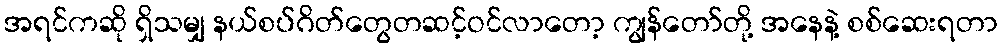
အရင်ကဆို ရှိသမျှ နယ်စပ်ဂိတ်တွေတဆင့်ဝင်လာတော့ ကျွန်တော်တို့ အနေနဲ့ စစ်ဆေးရတာ